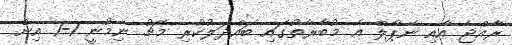
ރާއްޖެ އާއި ނޭޕާލް އެ މުބާރާތުގައި ބައްދަލުކުރި މެޗު ނިމުނީ 1-1 އިން